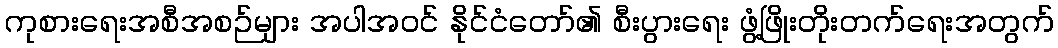
ကုစားရေးအစီအစဉ်များ အပါအဝင် နိုင်ငံတော်၏ စီးပွားရေး ဖွံ့ဖြိုးတိုးတက်ရေးအတွက်